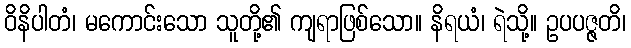
ဝိနိပါတံ၊ မကောင်းသော သူတို့၏ ကျရာဖြစ်သော။ နိရယံ၊ ရဲသို့။ ဥပပဇ္ဇတိ၊